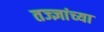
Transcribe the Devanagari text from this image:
तज्ज्ञांच्‍या